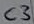
Text: C3